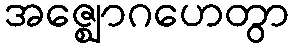
အဇ္ဈောဂဟေတွာ